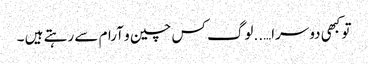
تو کبھی دوسرا…..لوگ کس چین و آرام سے رہتے ہیں ۔